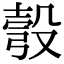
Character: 彀